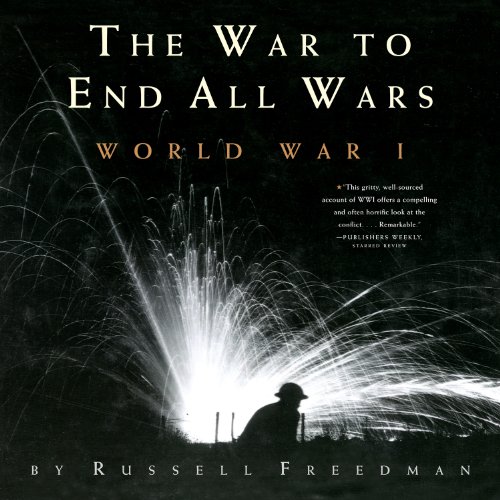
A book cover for The War to End All Wars: World War I; Russell Freedman; Arts & Photography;